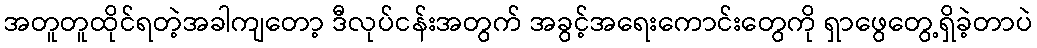
အတူတူထိုင်ရတဲ့အခါကျတော့ ဒီလုပ်ငန်းအတွက် အခွင့်အရေးကောင်းတွေကို ရှာဖွေတွေ့ရှိခဲ့တာပဲ